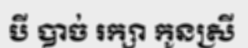
បី បាច់ រក្សា កូនស្រី